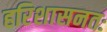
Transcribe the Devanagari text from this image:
हरिशासनतः